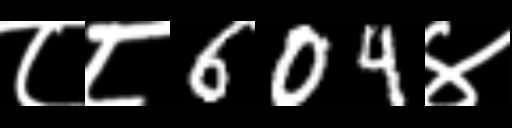
Text: ८८604४